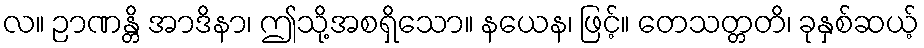
လ။ ဉာဏန္တိ အာဒိနာ၊ ဤသို့အစရှိသော။ နယေန၊ ဖြင့်။ တေသတ္တတိ၊ ခုနှစ်ဆယ့်